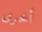
أخرى